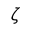
\zeta